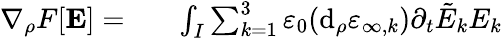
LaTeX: \begin{array}{rl}{\nabla_{\rho}F[\mathbf{E}]=}&{{}\phantom{+}\int_{I}\sum_{k=1}^{3}\varepsilon_{0}(\mathrm{d}_{\rho}\varepsilon_{\infty,k})\partial_{t}\tilde{E}_{k}E_{k}}\end{array}